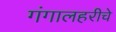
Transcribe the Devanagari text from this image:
गंगालहरीचे